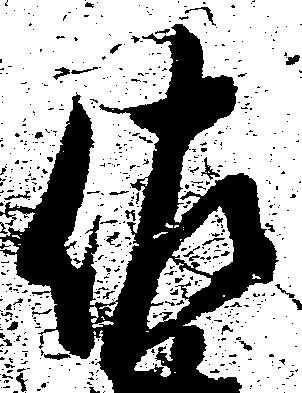
佐